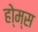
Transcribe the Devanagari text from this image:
हो्म्स